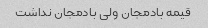
قیمه بادمجان ولی بادمجان نداشت